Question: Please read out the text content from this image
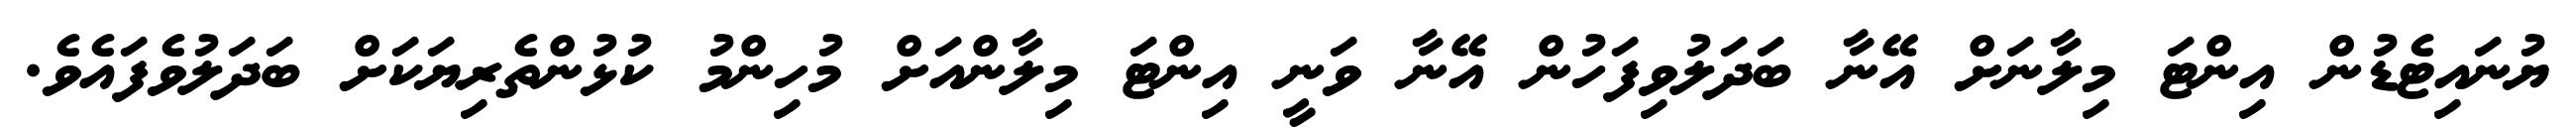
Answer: ޔުނައިޓެޑުން އިންޓަ މިލާނަށް އޭނާ ބަދަލުވިފަހުން އޭނާ ވަނީ އިންޓަ މިލާންއަށް މުހިންމު ކުޅުންތެރިޔަކަށް ބަދަލުވެފައެވެ.